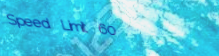
Speed Limit 60